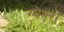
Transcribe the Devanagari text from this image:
ग्वेएरा